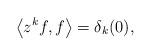
LaTeX: \begin{align*}\left< z^k f, f \right> = \delta_k (0),\end{align*}